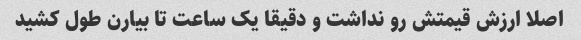
اصلا ارزش قیمتش رو نداشت و دقیقا یک ساعت تا بیارن طول کشید